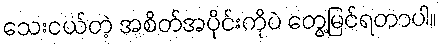
သေးငယ်တဲ့ အစိတ်အပိုင်းကိုပဲ တွေ့မြင်ရတာပါ။